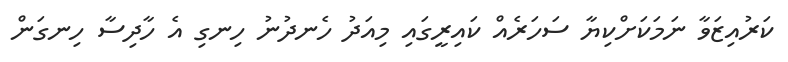
ކަރުއިޒަވާ ނަމަކަށްކިޔާ ސަހަރެއް ކައިރީގައި މިއަދު ހެނދުނު ހިނގި އެ ހާދިސާ ހިނގަން